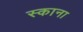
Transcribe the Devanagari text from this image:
स्काना